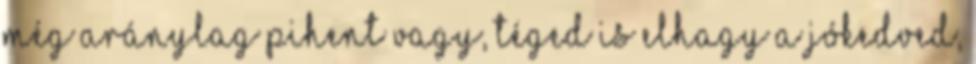
még aránylag pihent vagy, téged is elhagy a jókedved,